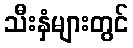
သီးနှံများတွင်